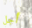
أجل